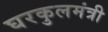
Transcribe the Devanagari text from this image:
घरकुलमंत्री